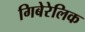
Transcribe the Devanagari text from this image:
गिबेरेलिक